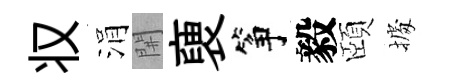
𠬧涓𨳩褏筝毅頤𢴃